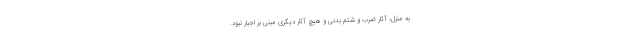
به منزل، آثار ضرب و شتم بدنی و هیچ آثار دیگری مبنی بر اجبار نبود.